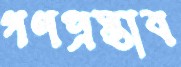
গণপ্রস্তাব